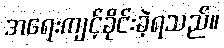
အရေးကျင့်ခိုင်းခဲ့ရသည်။